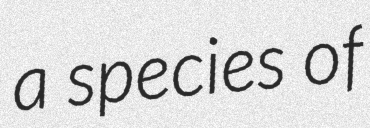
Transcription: a species of